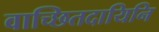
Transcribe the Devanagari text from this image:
वाच्छितदायिनि